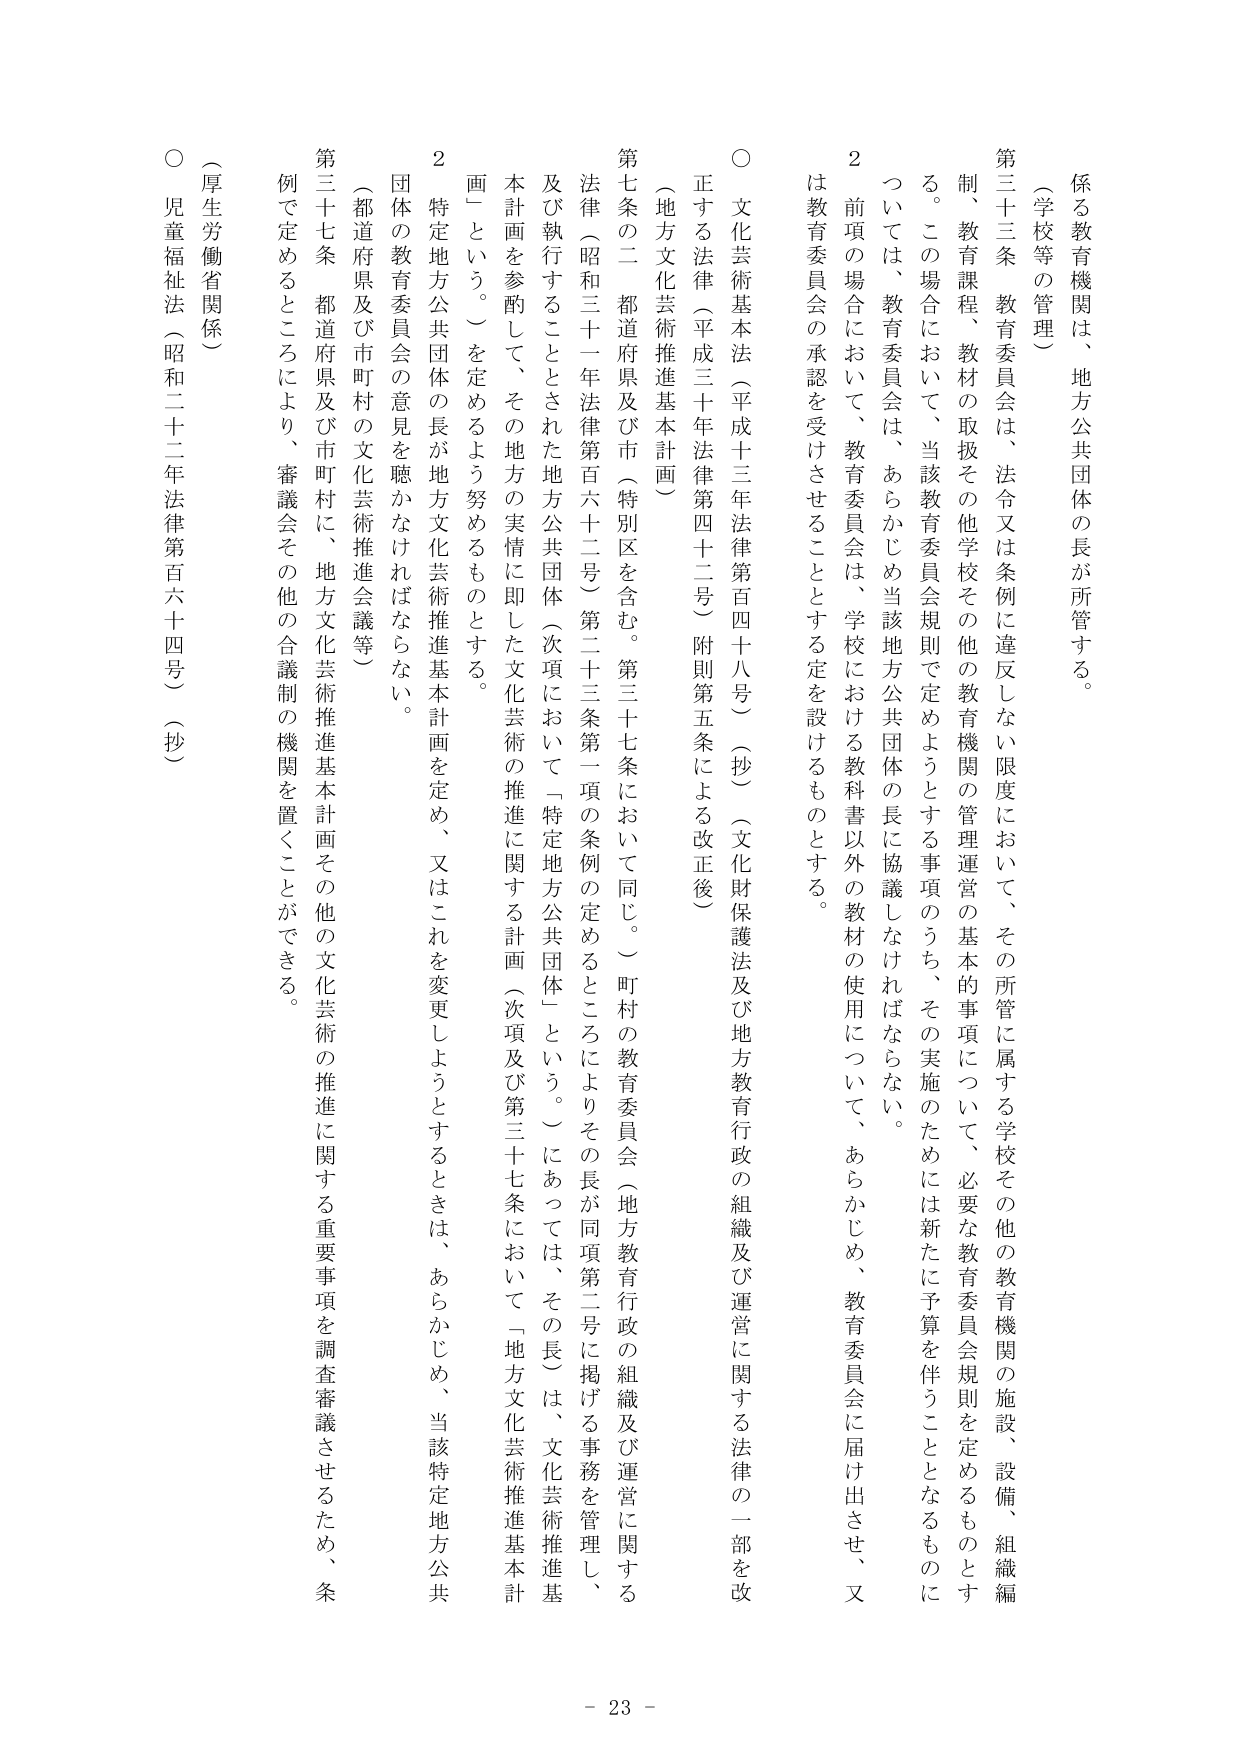
係る教育機関は、地方公共団体の長が所管する。

（学校等の管理）

第三十三条 教育委員会は、法令又は条例に違反しない限度において、その所管に属する学校その他の教育機関の施設、設備、組織編制、教育課程、教材の取扱その他学校その他の教育機関の管理運営の基本的事項について、必要な教育委員会規則を定めるものとする。この場合において、当該教育委員会規則で定めようとする事項のうち、その実施のためには新たに予算を伴うこととなるものについては、教育委員会は、あらかじめ当該地方公共団体の長に協議しなければならない。

２ 前項の場合において、教育委員会は、学校における教科書以外の教材の使用について、あらかじめ、教育委員会に届け出させ、又は教育委員会の承認を受けさせることとする定を設けるものとする。

○ 文化芸術基本法（平成十三年法律第百四十八号）（抄）（文化財保護法及び地方教育行政の組織及び運営に関する法律の一部を改正する法律（平成三十年法律第四十二号）附則第五条による改正後）

（地方文化芸術推進基本計画）

第七条の二 都道府県及び市（特別区を含む。第三十七条において同じ。）町村の教育委員会（地方教育行政の組織及び運営に関する法律（昭和三十一年法律第百六十二号）第二十三条第一項の条例の定めるところによりその長が同項第二号に掲げる事務を管理し、及び執行することとされた地方公共団体（次項において「特定地方公共団体」という。）にあっては、その長）は、文化芸術推進基本計画を参酌して、その地方の実情に即した文化芸術の推進に関する計画（次項及び第三十七条において「地方文化芸術推進基本計画」という。）を定めるよう努めるものとする。

２ 特定地方公共団体の長が地方文化芸術推進基本計画を定め、又はこれを変更しようとするときは、あらかじめ、当該特定地方公共団体の教育委員会の意見を聴かなければならない。

（都道府県及び市町村の文化芸術推進会議等）

第三十七条 都道府県及び市町村に、地方文化芸術推進基本計画その他の文化芸術の推進に関する重要事項を調査審議させるため、条例で定めるところにより、審議会その他の合議制の機関を置くことができる。

（厚生労働省関係）

○ 児童福祉法（昭和二十二年法律第百六十四号）（抄）

- 23 -